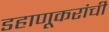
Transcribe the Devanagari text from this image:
डहाणूकरांची